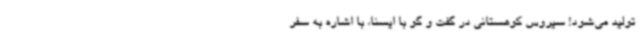
تولید می‌شود! سیروس کوهستانی در گفت و گو با ایسنا، با اشاره به سفر